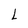
Character: L